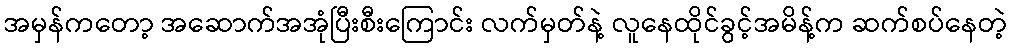
အမှန်ကတော့ အဆောက်အအုံပြီးစီးကြောင်း လက်မှတ်နဲ့ လူနေထိုင်ခွင့်အမိန့်က ဆက်စပ်နေတဲ့